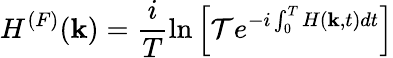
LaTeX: H^{(F)}({\mathbf k})=\frac{i}{T}\ln\left[\mathcal{T}e^{-i\int_{0}^{T}H({\mathbf k},t)dt}\right]